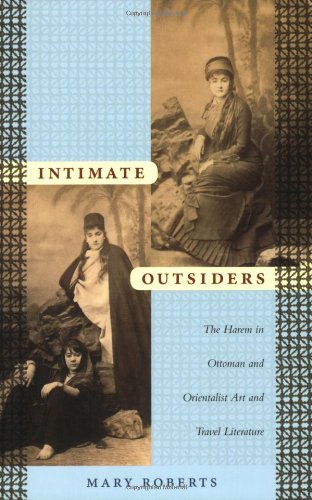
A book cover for Intimate Outsiders: The Harem in Ottoman and Orientalist Art and Travel Literature (Objects/Histories); Mary Roberts; Travel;